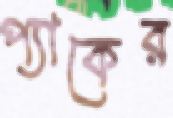
প্যাকের